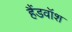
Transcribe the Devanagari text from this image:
हैंडवॉश